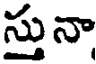
స్తునా